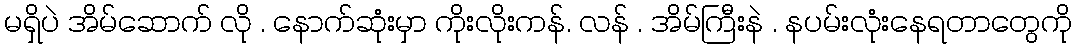
မရှိပဲ အိမ်ဆောက် လို . နောက်ဆုံးမှာ ကိုးလိုးကန်. လန် . အိမ်ကြီးနဲ . နပမ်းလုံးနေရတာတွေကို